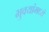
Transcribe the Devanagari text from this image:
भुवयांमध्ये